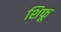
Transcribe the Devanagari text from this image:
शिफू